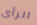
الرأى